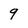
Character: q